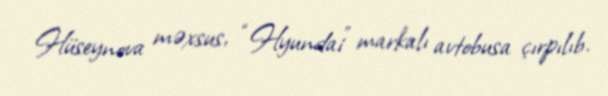
Hüseynova məxsus, “Hyundai” markalı avtobusa çırpılıb.